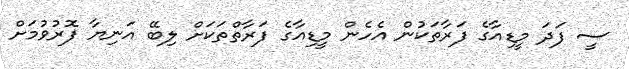
ސީ ފަދަ މީޑިއާގެ ފަރާތަކުން އެހެން މީޑިއާގެ ފަރާތްތަކަށް ލިބޭ އަނިޔާ ފޮރުވުމަށް